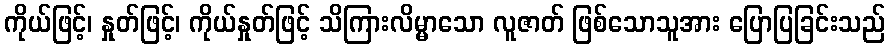
ကိုယ်ဖြင့်၊ နှုတ်ဖြင့်၊ ကိုယ်နှုတ်ဖြင့် သိကြားလိမ္မာသော လူဇာတ် ဖြစ်သောသူအား ပြောပြခြင်းသည်